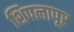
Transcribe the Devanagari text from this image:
शिपलापूर